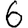
Digit: 6